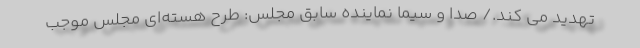
تهدید می کند./ صدا و سیما نماینده سابق مجلس: طرح هسته‌ای مجلس موجب